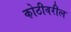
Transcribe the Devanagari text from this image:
कोठीवरील